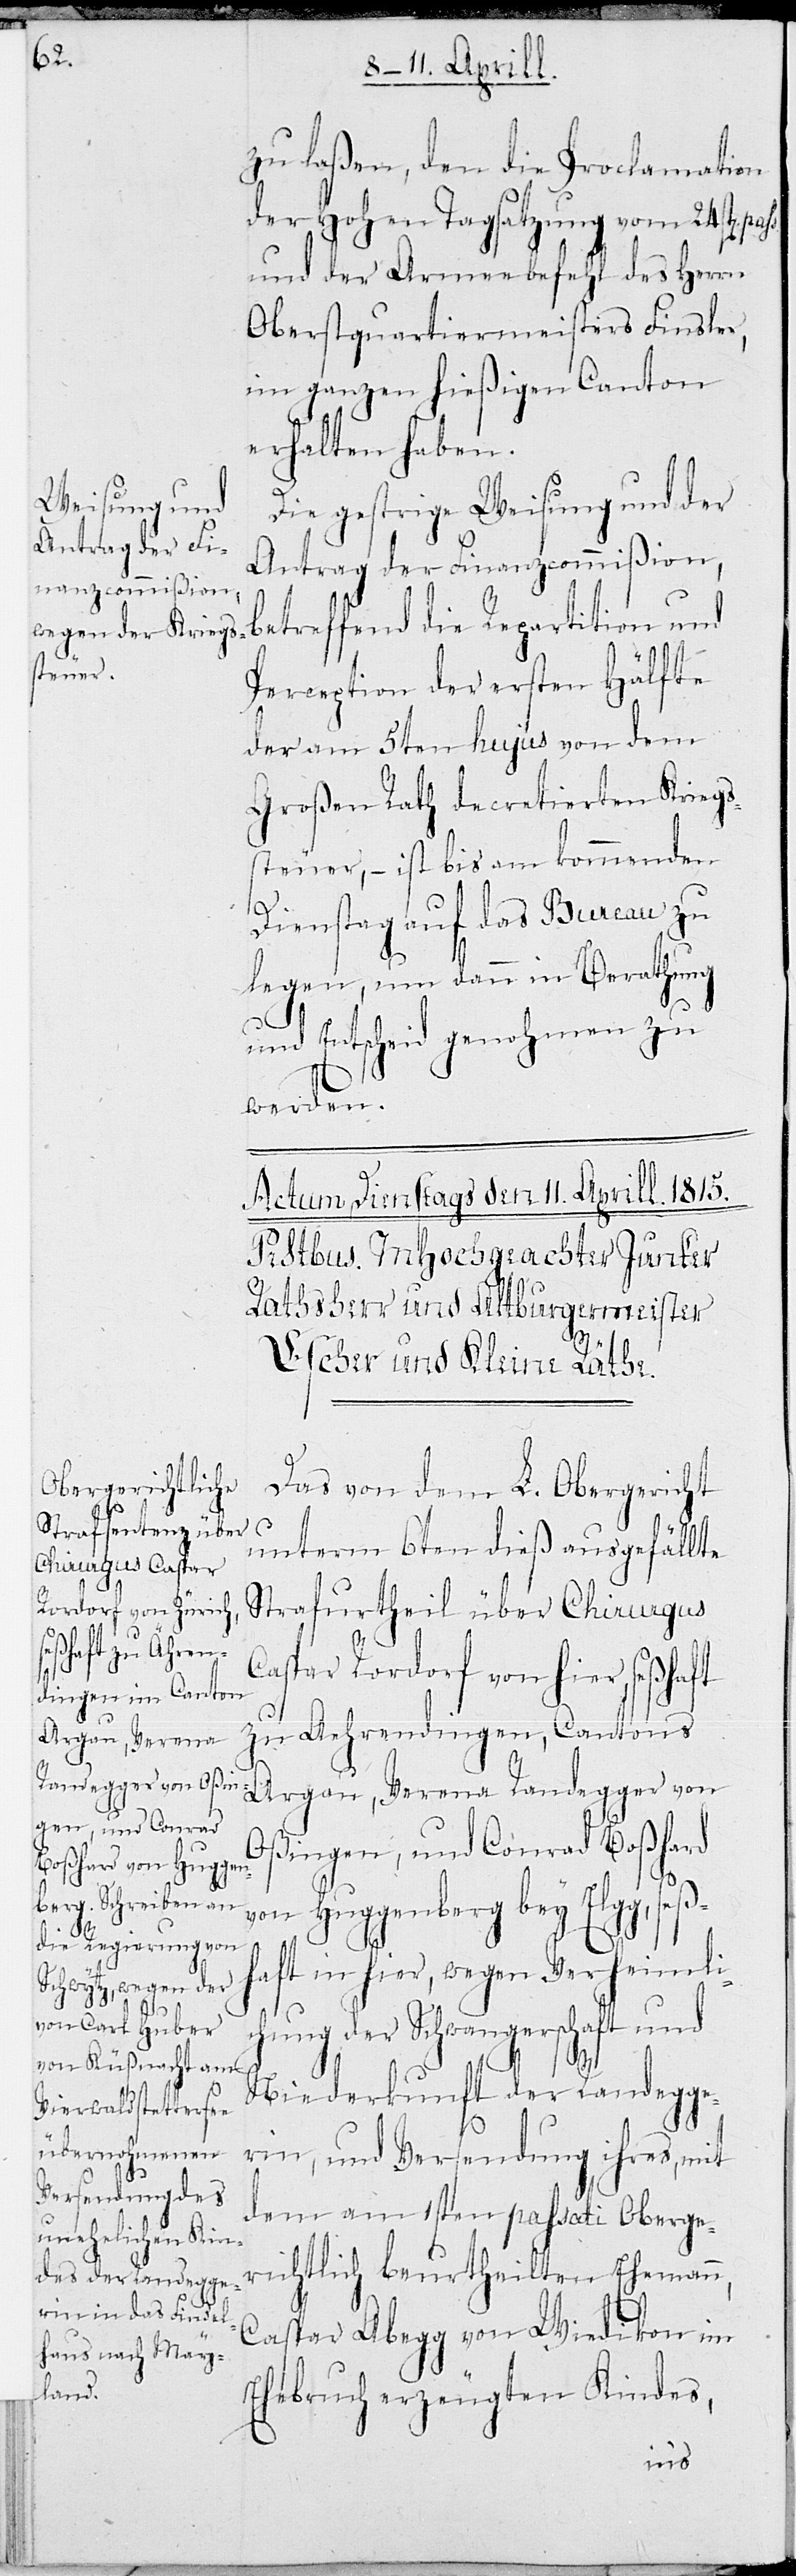
zu laßen, den die Proclamation
der Hohen Tagsatzung vom 24sten
und der Armeebefehl des Herrn
Oberstquartiermeisters Finsler,
im ganzen hießigen Canton
erhalten haben.
Die gestrige Weisung und der
Antrag der Finanzcommißion,
betreffend die Repartition und
Perception der ersten Hälfte
der am 5ten hujus von dem
Großen Rath decretierten Kriegs¬
steuer, – ist bis am kommenden
Dienstag auf das Bureau zu
legen, um dann in Berathung
und Entscheid genohmen zu
werden.
Das von dem L. Obergericht
unterm 6ten dieß ausgefällte
Strafurtheil über Chirurgus
Caspar Rohrdorf von hier, seßhaft
zu Aehrendingen, Cantons
Argau, Verena Randegger von
Oßingen, und Conrad Boßhard
seß¬
von Huggenberg bey Elgg,
haft in hier, wegen Verheimli¬
chung der Schwangerschaft, und
Niederkunft der Randegge¬
rin, und Versendung ihres, mit
dem am 1sten passati Oberge¬
richtlich beurtheilten Ehemann,
Caspar Abegg von Wiedikon im
Ehebruch erzeugten Kindes,